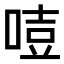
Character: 𠷸